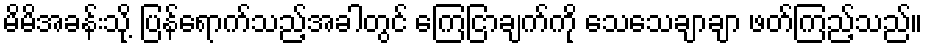
မိမိအခန်းသို့ ပြန်ရောက်သည့်အခါတွင် ကြေငြာချက်ကို သေသေချာချာ ဖတ်ကြည့်သည်။